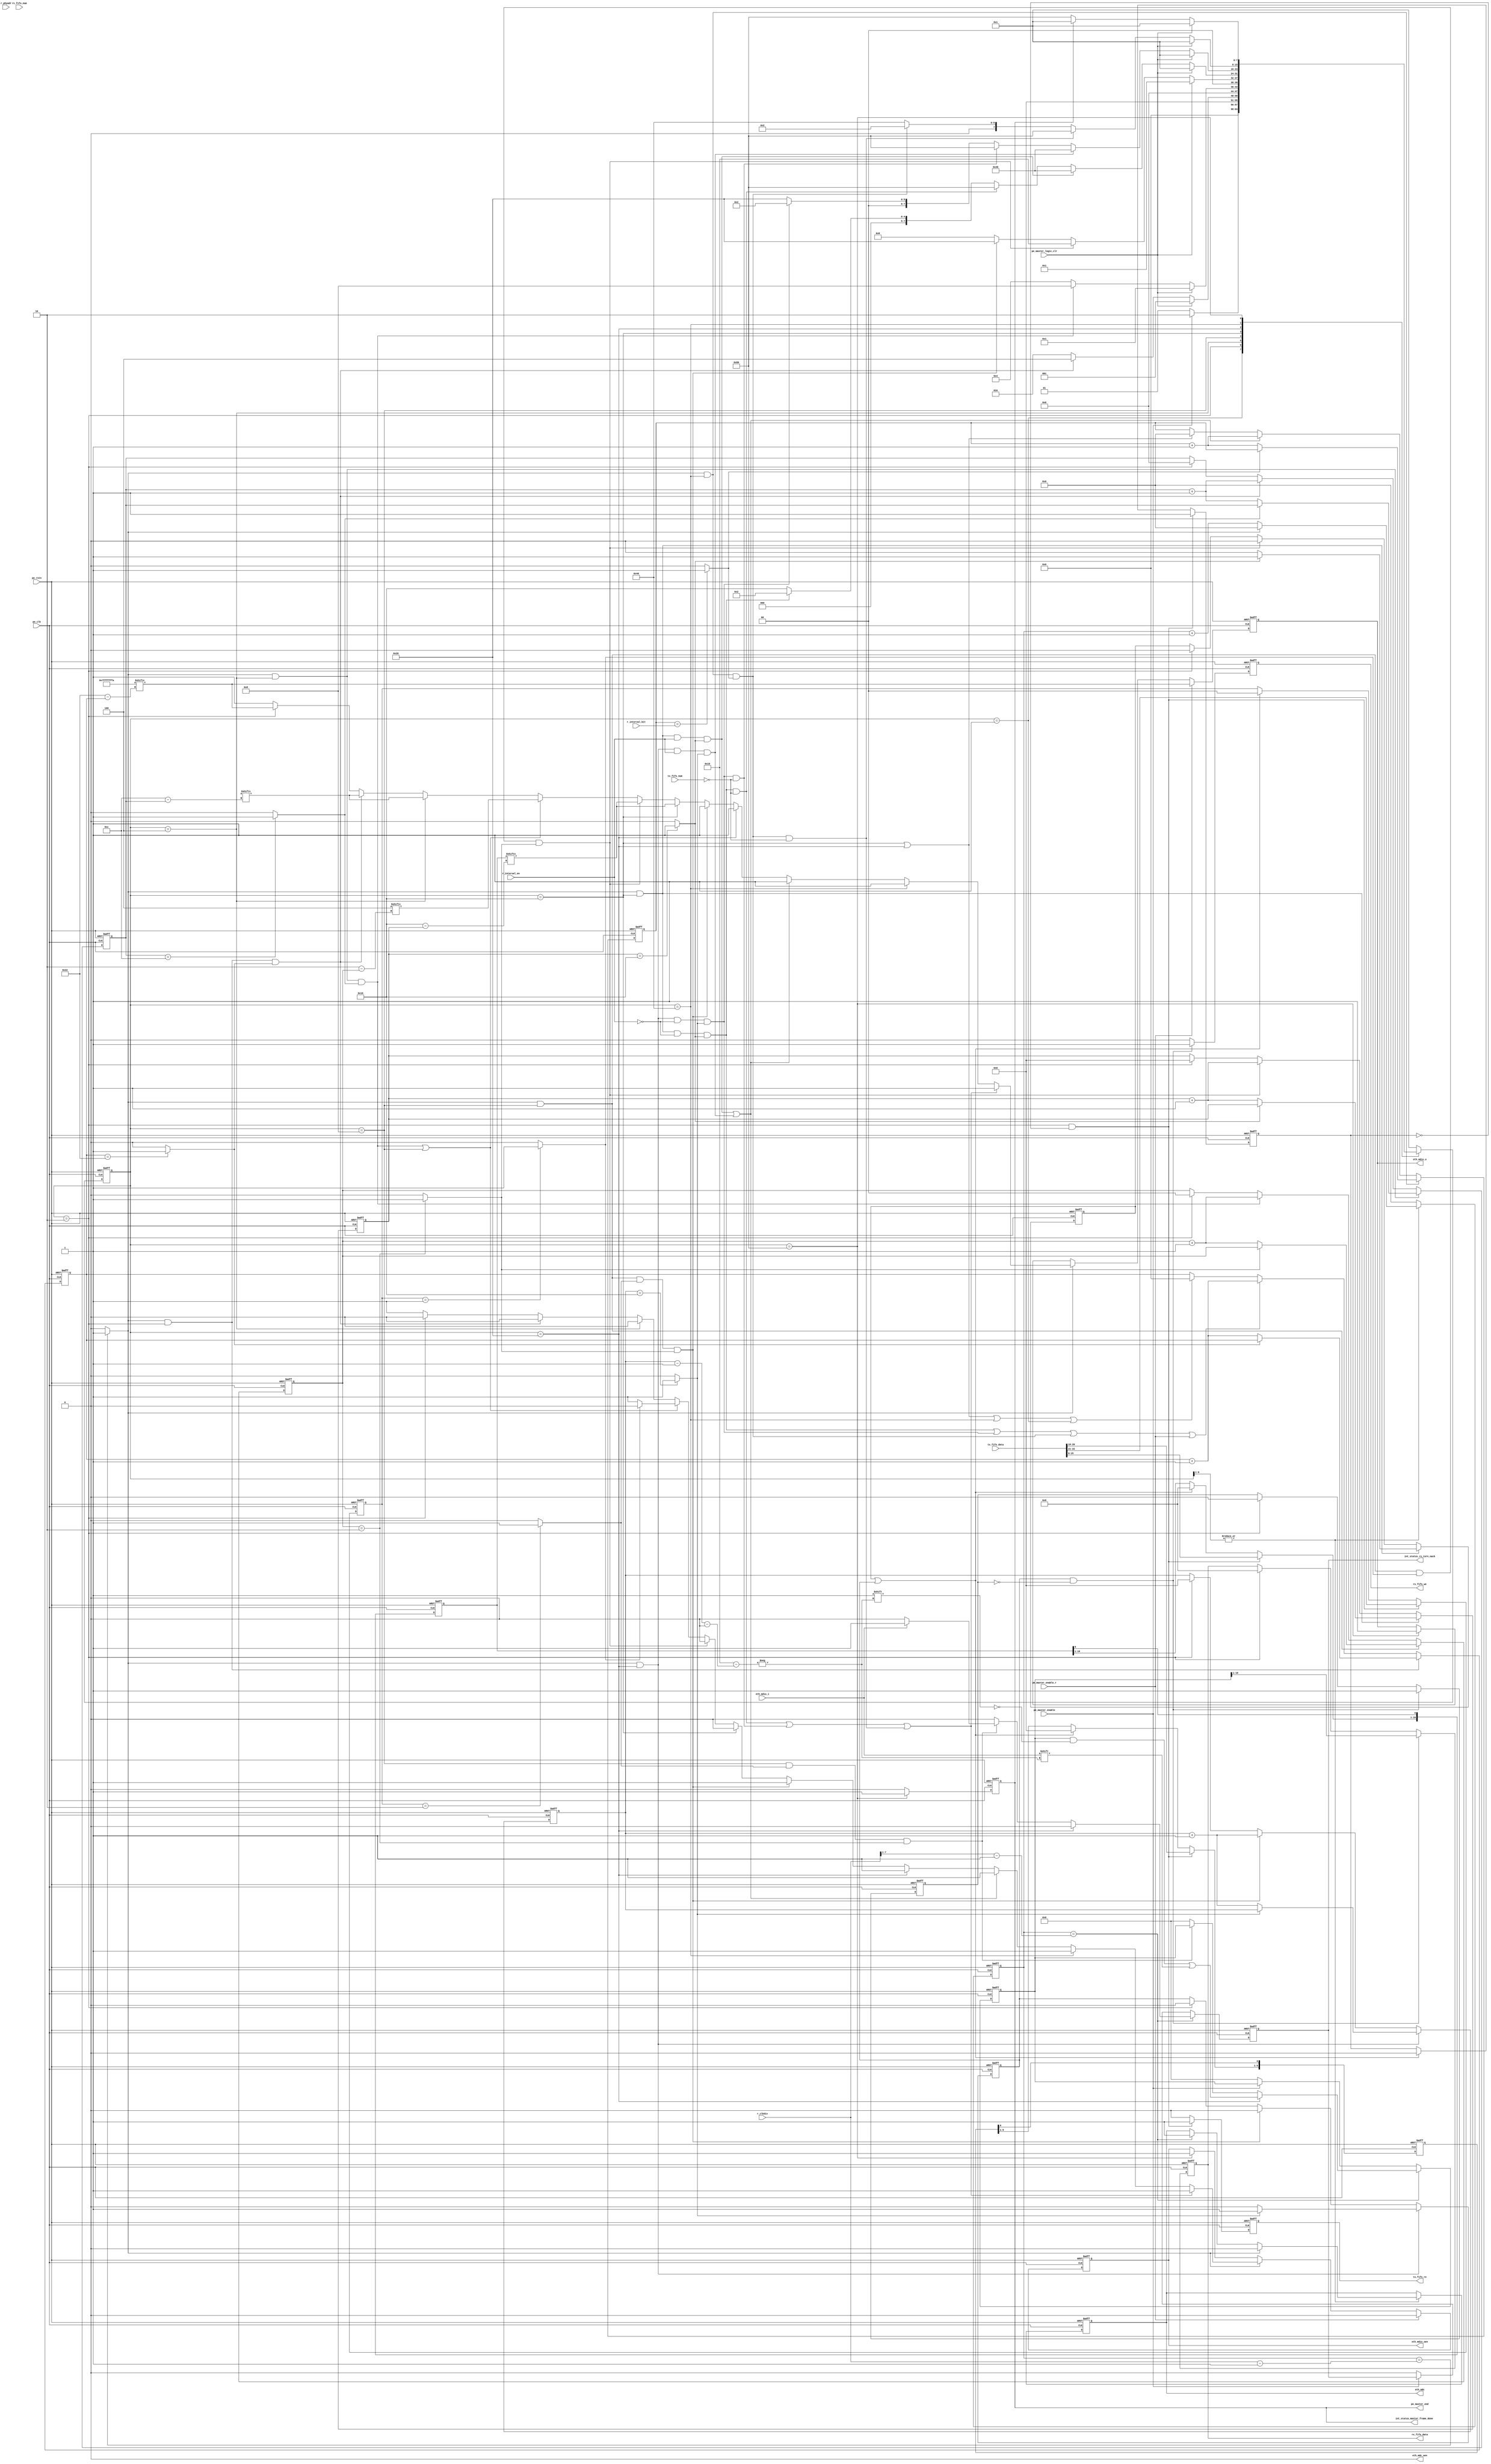
//===============================================
//
//	Group: Fall For Laboratory
//	Version: v1.0
//
// 	This is tx protocol engine for uart.
//
//===============================================

module eth_sma_pe_master
(
	input  						pe_clk,  
	input  						pe_rstn,

	// pin
	output 						eth_mdc,
	output 						eth_mdc_oen,
	output reg					eth_mdio_o,
	input 						eth_mdio_i,
	output reg					eth_mdio_oen,

	// data
	output reg					tx_fifo_re,
	input		[22:0]			tx_fifo_data,
	input		[ 2:0]			tx_fifo_num,
	output reg					rx_fifo_we,
	output reg	[15:0]			rx_fifo_data,
	input		[ 2:0]			rx_fifo_num,

	// control
	input						pe_master_logic_clr,
	input						pe_master_enable,
	input						pe_master_enable_r,
	output						pe_master_end,

	// config
	input		[ 7:0]			r_clkdiv,
	input		[ 4:0]			r_phyadr,
	input 		[ 7:0]			r_interval_bit,
	input 						r_interval_en,

	// interrupt status
	output						int_status_rx_turn_nack,
	output						int_status_master_frame_done 
);

//===============================================
// eth sma master fsm
// three segments fsm
// 1. state transition
// 2. state condition determine
// 3. state output
//===============================================

localparam						MASTER_IDLE = 8'b00000001;
localparam						MASTER_PREAMBLE_AND_START = 8'b00000010;
localparam						MASTER_OP_AND_ADDRESS = 8'b00000100;
localparam						MASTER_TURN = 8'b00001000;
localparam						MASTER_TX_DATA = 8'b00010000;
localparam						MASTER_RX_DATA = 8'b00100000;
localparam						MASTER_INTERVAL = 8'b01000000;
localparam						MASTER_END = 8'b10000000;

reg				[ 7:0]			current_state;
reg				[ 7:0]			next_state;

reg				[ 1:0]			cmd;// from tx fifo
wire							cmd_write;
wire							cmd_read;

wire							master_state_idle;
wire							master_state_preamble_and_start;
wire							master_state_op_and_address;
wire							master_state_turn;
wire							master_state_tx_data;
wire							master_state_rx_data;
wire							master_state_interval;
wire							master_state_end;
wire							master_state_preamble_and_start_to_op_and_address;
wire							master_state_op_and_address_to_turn;
wire							master_state_turn_to_tx_data;
wire							master_state_turn_to_rx_data;
wire							master_state_tx_data_to_preamble_and_start;
wire							master_state_tx_data_to_interval;
wire							master_state_tx_data_to_end;
wire							master_state_rx_data_to_preamble_and_start;
wire							master_state_rx_data_to_interval;
wire							master_state_rx_data_to_end;
wire							master_state_interval_to_preamble_and_start;
wire							master_state_interval_to_end;
wire							master_state_end_to_idle;

// state transition: sequential logic circuit
always @(posedge pe_clk or negedge pe_rstn)
begin
	if(!pe_rstn)
		current_state <= MASTER_IDLE;
	else
		current_state <= next_state;
end

// state condition determine: combinational logic circuit
// MASTER_IDLE:
// -> MASTER_PREAMBLE_AND_START: received master enable
// MASTER_PREAMBLE_AND_START :
// -> MASTER_OP_AND_ADDRESS: start bit ended
// MASTER_OP_AND_ADDRESS:
// -> MASTER_TURN: phy register address ended
// MASTER_TURN: 
// -> MASTER_TX_DATA: tx cmd from tx fifo
// -> MASTER_RX_DATA: rx cmd from tx fifo
// MASTER_TX_DATA:
// -> MASTER_INTERVAL: tx data bit ended and next frame will be tx but should wait
// -> MASTER_START: tx data bit ended and next frame will be tx at once
// -> MASTER_END:  tx data bit ended and no frame are needed to tx
// MASTER_RX_DATA:
// -> MASTER_INTERVAL: rx data bit ended and next frame will be tx but should wait
// -> MASTER_START: rx data bit ended and next frame will be tx at once
// -> MASTER_END:  rx data bit ended and no frame are needed to tx
// MASTER_INTERVAL: 
// -> MASTER_START: interval bits ended and next frame will be tx at once
// -> MASTER_END: interval bits ended and no frame are needed to tx
// MASTER_END: 
// -> MASTER_IDLE: prepare for deinit (reserved)
// All state should transition to MASTER_IDLE when:
// 1. received logic clear
// 2. protocol error occured (reserved)
always @(*)
begin
	case (current_state)
	MASTER_IDLE:
		if(pe_master_enable)
			next_state = MASTER_PREAMBLE_AND_START;
		else
			next_state = MASTER_IDLE;
	MASTER_PREAMBLE_AND_START:
		if(pe_master_logic_clr)
			next_state = MASTER_IDLE;
		else if(master_state_preamble_and_start_to_op_and_address)
			next_state = MASTER_OP_AND_ADDRESS;
		else
			next_state = MASTER_PREAMBLE_AND_START;
	MASTER_OP_AND_ADDRESS:
		if(pe_master_logic_clr)
			next_state = MASTER_IDLE;
		else if(master_state_op_and_address_to_turn)
			next_state = MASTER_TURN;
		else
			next_state = MASTER_OP_AND_ADDRESS;
	MASTER_TURN:
		if(pe_master_logic_clr)
			next_state = MASTER_IDLE;
		else if(master_state_turn_to_tx_data)
			next_state = MASTER_TX_DATA ;
		else if(master_state_turn_to_rx_data)
			next_state = MASTER_RX_DATA ;
		else
			next_state = MASTER_TURN;
	MASTER_TX_DATA:
		if(pe_master_logic_clr)
			next_state = MASTER_IDLE;
		else if(master_state_tx_data_to_interval)
			next_state = MASTER_INTERVAL;
		else if(master_state_tx_data_to_end)
			next_state = MASTER_END;
		else if(master_state_tx_data_to_preamble_and_start)
			next_state = MASTER_PREAMBLE_AND_START;
		else
			next_state = MASTER_TX_DATA;
	MASTER_RX_DATA:
		if(pe_master_logic_clr)
			next_state = MASTER_IDLE;
		else if(master_state_rx_data_to_interval)
			next_state = MASTER_INTERVAL;
		else if(master_state_rx_data_to_end)
			next_state = MASTER_END;
		else if(master_state_rx_data_to_preamble_and_start)
			next_state = MASTER_PREAMBLE_AND_START;
		else
			next_state = MASTER_RX_DATA;
	MASTER_INTERVAL:
		if(pe_master_logic_clr)
			next_state = MASTER_IDLE;
		else if(master_state_interval_to_end)
			next_state = MASTER_END;
		else if(master_state_interval_to_preamble_and_start)
			next_state = MASTER_PREAMBLE_AND_START;
		else
			next_state = MASTER_INTERVAL;
	MASTER_END:
		if(pe_master_logic_clr)
			next_state = MASTER_IDLE;
		else if(master_state_end_to_idle)
			next_state = MASTER_IDLE;
		else
			next_state = MASTER_END;
	default:
		next_state = MASTER_IDLE;
	endcase
end

// state output: combinational logic circuit
assign master_state_idle = current_state == MASTER_IDLE;
assign master_state_preamble_and_start = current_state == MASTER_PREAMBLE_AND_START;
assign master_state_op_and_address = current_state == MASTER_OP_AND_ADDRESS;
assign master_state_turn = current_state == MASTER_TURN;
assign master_state_tx_data = current_state == MASTER_TX_DATA;
assign master_state_rx_data = current_state == MASTER_RX_DATA;
assign master_state_interval = current_state == MASTER_INTERVAL;
assign master_state_end = current_state == MASTER_END;

//===============================================
// sma frame bit timing base
// operating when sma fsm running
// for example:
// unit: clk
// 0           1           2           3          bit flag
// 1  0  0  0  1  0  0  0  1  0  0  0  1  0  0  0 clkdiv start
// 0  0  0  1  0  0  0  1  0  0  0  1  0  0  0  1 clkdiv end
// 1  0  0  0  1  0  0  0  1  0  0  0  1  0  0  0 bit start
// 0  0  0  1  0  0  0  1  0  0  0  1  0  0  0  1 bit end
// 0  0  1  1  0  0  1  1  0  0  1  1  0  0  1  1 clock gen
//===============================================

reg				[ 7:0]			clkdiv_cnt;// the smallest unit of timing base
wire							timing_base_enable;
wire							clkdiv_flag_start;// indicate a bit start
wire							clkdiv_flag_end;// indicate a bit end
wire							bit_start;// indicate a data bit start when the first clkdiv unit is meeting first oversampling unit
										// only sustaining 1 clk
wire							bit_end;// indicate a data bit end when the last clkdiv unit is meeting last oversampling unit
										// only sustaining 1 clk
reg								clk_gen;// 50% duty cycle clock
										// clock low: shift data
										// clock high: sample data
wire							bit_value_sample_point;// indicate bit value sampling time point
assign timing_base_enable = |current_state[6:1];
assign clkdiv_flag_start = (clkdiv_cnt == 1'b0) ? 1'b1 : 1'b0;
assign clkdiv_flag_end = (clkdiv_cnt == (r_clkdiv - 1'b1)) ? 1'b1 : 1'b0;
assign bit_start = clkdiv_flag_start; // only sustaining 1 clock
assign bit_end = clkdiv_flag_end; // only sustaining 1 clock
assign bit_value_sample_point = clkdiv_cnt == (r_clkdiv[7:1] - 1'b1);

// div cnt for clkdiv
always @(posedge pe_clk or negedge pe_rstn)
begin
	if(!pe_rstn)
	begin
		clkdiv_cnt <= 8'h0;
	end
	else if(timing_base_enable == 1'b1)
	begin
		if(clkdiv_flag_end == 1'b1)
		begin
			clkdiv_cnt <= 8'h0;
		end
		else
		begin
			clkdiv_cnt <= clkdiv_cnt + 1'b1;
		end
	end
	else
	begin
		clkdiv_cnt <= 8'h0;
	end
end

// clock generation
always @(posedge pe_clk or negedge pe_rstn)
begin
	if(!pe_rstn)
	begin
		clk_gen <= 1'b0;
	end
	else if(timing_base_enable)
	begin
		if(clkdiv_flag_end)
		begin
			clk_gen <= 1'b0;
		end
		else if(bit_value_sample_point)
		begin
			clk_gen <= 1'b1;
		end
	end
	else
	begin
		clk_gen <= clk_gen;
	end
end		

//===============================================
// eth sma master state: MASTER_PREAMBLE_AND_START 
//===============================================

reg				[ 5:0]			preamble_and_start_bit_cnt;
reg								preamble_and_start_bit_end;// last data bit
wire							preamble_and_start_bit_cnt_end;
assign preamble_and_start_bit_cnt_end = (preamble_and_start_bit_cnt == 6'd34) ? 1'b1 : 1'b0;
assign master_state_preamble_and_start_to_op_and_address = bit_end && master_state_preamble_and_start && preamble_and_start_bit_cnt_end;

always @(posedge pe_clk or negedge pe_rstn)
begin
	if(!pe_rstn)
	begin
		preamble_and_start_bit_cnt <= 6'd0;
		preamble_and_start_bit_end <= 1'b0;
	end
	else if(master_state_preamble_and_start && bit_end) // other preamble and start bit
	begin
		if(preamble_and_start_bit_cnt_end) // start bit end
		begin
			preamble_and_start_bit_end <= 1'b1;
			preamble_and_start_bit_cnt <= preamble_and_start_bit_cnt;
		end
		else
		begin
			preamble_and_start_bit_end <= 1'b0;
			preamble_and_start_bit_cnt <= preamble_and_start_bit_cnt + 1'b1;
		end
	end
	else if(master_state_tx_data_to_preamble_and_start || master_state_rx_data_to_preamble_and_start || master_state_interval_to_preamble_and_start || pe_master_enable_r) // (timing clk issue) first preamble bit
	begin
		preamble_and_start_bit_end <= 1'b0;
		preamble_and_start_bit_cnt <= preamble_and_start_bit_cnt + 1'b1;
	end
	else if(master_state_tx_data || master_state_rx_data || master_state_interval || master_state_idle) // clear preamble and start cnt when is in last state
	begin
		preamble_and_start_bit_cnt <= 6'd0;
		preamble_and_start_bit_end <= 1'b0;
	end
	else
	begin
		preamble_and_start_bit_end <= preamble_and_start_bit_end;
		preamble_and_start_bit_cnt <= preamble_and_start_bit_cnt;
	end
end

//===============================================
// eth sma master state: MASTER_OP_AND_ADDRESS
//===============================================

reg				[ 3:0]			op_and_address_bit_cnt;
reg								op_and_address_bit_end;// last op bit
wire							op_and_address_bit_cnt_end;
assign op_and_address_bit_cnt_end = (op_and_address_bit_cnt == 4'd12 ) ? 1'b1 : 1'b0;
assign master_state_op_and_address_to_turn = bit_end && master_state_op_and_address && op_and_address_bit_cnt_end;

always @(posedge pe_clk or negedge pe_rstn)
begin
	if(!pe_rstn)
	begin
		op_and_address_bit_cnt <= 4'd0;
		op_and_address_bit_end <= 1'b0;
	end
	else if(master_state_op_and_address && bit_end) // other op bit
	begin
		if(op_and_address_bit_cnt_end) // op bit end
		begin
			op_and_address_bit_end <= 1'b1;
			op_and_address_bit_cnt <= op_and_address_bit_cnt;
		end
		else
		begin
			op_and_address_bit_end <= 1'b0;
			op_and_address_bit_cnt <= op_and_address_bit_cnt + 1'b1;
		end
	end
	else if(master_state_preamble_and_start_to_op_and_address) // (timing clk issue) first op bit
	begin
		op_and_address_bit_end <= 1'b0;
		op_and_address_bit_cnt <= op_and_address_bit_cnt + 1'b1;
	end
	else if(master_state_preamble_and_start) // clear op cnt when is in last state
	begin
		op_and_address_bit_cnt <= 4'd0;
		op_and_address_bit_end <= 1'b0;
	end
	else
	begin
		op_and_address_bit_end <= op_and_address_bit_end;
		op_and_address_bit_cnt <= op_and_address_bit_cnt;
	end
end

//===============================================
// eth sma master state: MASTER_TURN 
//===============================================

reg				[ 1:0]			turn_bit_cnt;
reg								turn_bit_end;// last turn bit
wire							turn_bit_cnt_end;
assign turn_bit_cnt_end = (turn_bit_cnt == 2'd2) ? 1'b1 : 1'b0; 
assign master_state_turn_to_tx_data = bit_end && master_state_turn && cmd_write && turn_bit_cnt_end;
assign master_state_turn_to_rx_data = bit_end && master_state_turn && cmd_read && turn_bit_cnt_end;

always @(posedge pe_clk or negedge pe_rstn)
begin
	if(!pe_rstn)
	begin
		turn_bit_cnt <= 2'd0;
		turn_bit_end <= 1'b0;
	end
	else if(master_state_turn && bit_end) // other turn bit
	begin
		if(turn_bit_cnt_end) // turn bit end
		begin
			turn_bit_end <= 1'b1;
			turn_bit_cnt <= turn_bit_cnt;
		end
		else
		begin
			turn_bit_end <= 1'b0;
			turn_bit_cnt <= turn_bit_cnt + 1'b1;
		end
	end
	else if(master_state_op_and_address_to_turn) // (timing clk issue) first turn bit
	begin
		turn_bit_cnt <= turn_bit_cnt + 1'b1;
		turn_bit_end <= 1'b0;
	end
	else if(master_state_preamble_and_start) // clear turn cnt when is in last state
	begin
		turn_bit_cnt <= 2'd0;
		turn_bit_end <= 1'b0;
	end
	else
	begin
		turn_bit_cnt <= turn_bit_cnt;
		turn_bit_end <= turn_bit_end;
	end
end

//===============================================
// eth sma master state: MASTER_TX_DATA
//===============================================

reg				[ 4:0]			tx_data_bit_cnt;
reg								tx_data_bit_end;// last tx data bit
wire							tx_data_bit_cnt_end;
assign tx_data_bit_cnt_end = (tx_data_bit_cnt == 5'd16) ? 1'b1 : 1'b0;
assign master_state_tx_data_to_preamble_and_start = bit_end && master_state_tx_data && !r_interval_en && tx_data_bit_cnt_end;
assign master_state_tx_data_to_interval = bit_end && master_state_tx_data && r_interval_en && tx_data_bit_cnt_end;
assign master_state_tx_data_to_end = master_state_tx_data_to_preamble_and_start && (tx_fifo_num == 3'h0);// no more cmd in tx fifo

always @(posedge pe_clk or negedge pe_rstn)
begin
	if(!pe_rstn)
	begin
		tx_data_bit_cnt <= 5'd0;
		tx_data_bit_end <= 1'b0;
	end
	else if(master_state_tx_data && bit_end) // other tx data bit
	begin
		if(tx_data_bit_cnt_end) // tx data bit end
		begin
			tx_data_bit_end <= 1'b1;
			tx_data_bit_cnt <= tx_data_bit_cnt;
		end
		else
		begin
			tx_data_bit_end <= 1'b0;
			tx_data_bit_cnt <= tx_data_bit_cnt + 1'b1;
		end
	end
	else if(master_state_turn_to_tx_data) // (timing clk issue) first tx data bit
	begin
		tx_data_bit_cnt <= tx_data_bit_cnt + 1'b1;
		tx_data_bit_end <= 1'b0;
	end
	else if(master_state_preamble_and_start) // clear tx data cnt when is in last state
	begin
		tx_data_bit_cnt <= 5'd0;
		tx_data_bit_end <= 1'b0;
	end
	else
	begin
		tx_data_bit_cnt <= tx_data_bit_cnt;
		tx_data_bit_end <= tx_data_bit_end;
	end
end

//===============================================
// eth sma master state: MASTER_RX_DATA
//===============================================

reg				[ 4:0]			rx_data_bit_cnt;
reg								rx_data_bit_end;// last rx data bit
wire							rx_data_bit_cnt_end;
assign rx_data_bit_cnt_end = (rx_data_bit_cnt == 5'd16) ? 1'b1 : 1'b0;
assign master_state_rx_data_to_preamble_and_start = bit_end && master_state_rx_data && !r_interval_en && rx_data_bit_cnt_end;
assign master_state_rx_data_to_interval = bit_end && master_state_rx_data && r_interval_en && rx_data_bit_cnt_end;
assign master_state_rx_data_to_end = master_state_rx_data_to_preamble_and_start && (tx_fifo_num == 3'h0);// no more cmd in tx fifo

always @(posedge pe_clk or negedge pe_rstn)
begin
	if(!pe_rstn)
	begin
		rx_data_bit_cnt <= 5'd0;
		rx_data_bit_end <= 1'b0;
	end
	else if(master_state_rx_data && bit_end) // other rx data bit
	begin
		if(rx_data_bit_cnt_end) // rx data bit end
		begin
			rx_data_bit_end <= 1'b1;
			rx_data_bit_cnt <= rx_data_bit_cnt;
		end
		else
		begin
			rx_data_bit_end <= 1'b0;
			rx_data_bit_cnt <= rx_data_bit_cnt + 1'b1;
		end
	end
	else if(master_state_turn_to_rx_data) // (timing clk issue) first rx data bit
	begin
		rx_data_bit_cnt <= rx_data_bit_cnt + 1'b1;
		rx_data_bit_end <= 1'b0;
	end
	else if(master_state_preamble_and_start) // clear rx data cnt when is in last state
	begin
		rx_data_bit_cnt <= 5'd0;
		rx_data_bit_end <= 1'b0;
	end
	else
	begin
		rx_data_bit_cnt <= rx_data_bit_cnt;
		rx_data_bit_end <= rx_data_bit_end;
	end
end

//===============================================
// eth sma master state: MASTER_INTERVAL
//===============================================

reg				[ 7:0]			interval_bit_cnt;
reg								interval_bit_end;// last interval bit
wire							interval_bit_cnt_end;
assign interval_bit_cnt_end = (interval_bit_cnt == r_interval_bit) ? 1'b1 : 1'b0;
assign master_state_interval_to_preamble_and_start = bit_end && master_state_interval && interval_bit_cnt_end;// need not add fifo condition 
assign master_state_interval_to_end = bit_end && master_state_interval && interval_bit_cnt_end && (tx_fifo_num == 5'h0);// tx fifo empty

always @(posedge pe_clk or negedge pe_rstn)
begin
	if(!pe_rstn)
	begin
		interval_bit_cnt <= 8'd0;
		interval_bit_end <= 1'b0;
	end
	else if(master_state_interval && bit_end) // other interval bit
	begin
		if(interval_bit_cnt_end) // interval bit end
		begin
			interval_bit_end <= 1'b1;
			interval_bit_cnt <= interval_bit_cnt;
		end
		else
		begin
			interval_bit_end <= 1'b0;
			interval_bit_cnt <= interval_bit_cnt + 1'b1;
		end
	end
	else if(master_state_tx_data_to_interval || master_state_rx_data_to_interval) // (timing clk issue) first interval bit (this must be before above)
	begin
		interval_bit_cnt <= interval_bit_cnt + 1'b1;
		interval_bit_end <= 1'b0;
	end
	else if(master_state_tx_data || master_state_rx_data) // clear interval cnt when is in last state
	begin
		interval_bit_cnt <= 8'd0;
		interval_bit_end <= 1'b0;
	end
	else
	begin
		interval_bit_cnt <= interval_bit_cnt;
		interval_bit_end <= interval_bit_end;
	end
end

//===============================================
// eth sma master state: MASTER_END
// this state is used to handle some unfinish issue
//===============================================

reg								master_end;
assign master_state_end_to_idle = master_end;
assign pe_master_end = master_end;

always @(posedge pe_clk or negedge pe_rstn)
begin
	if(!pe_rstn)
		master_end <= 1'b0;
	else if(master_state_end)
		master_end <= 1'b1;
	else
		master_end <= 1'b0;
end

//===============================================
// eth sma tx cmd and data prepare
// cmd and data are both from tx fifo
// [22:21] cmd
// When cmd = 2'b01, tx data.
// [20:16] reg address
// [15:0] tx data
// When cmd = 2'b10, rx data.
// [19:16] reg address
// [15:0] reseverd
//===============================================

// last bit is used to park ptr
wire			[0:34]			frame_tx_preamble_and_start;
wire			[0: 2]			frame_tx_op;
wire			[0: 5]			frame_tx_phyad;
reg				[0: 5]			frame_tx_regad;
wire			[0:12]			frame_tx_op_and_address;
reg				[0:16]			frame_tx_data;
reg								frame_rx_ack;
reg								frame_rx_nack;
reg				[0:16]			frame_rx_data;
wire			[0: 2]			frame_tx_turn;
reg								tx_loaded;
reg								rx_loaded;

assign frame_tx_preamble_and_start[0:31] = 32'hffff_ffff;// preabmle bits
assign frame_tx_preamble_and_start[32:33] = 2'b01;// start bits
assign frame_tx_preamble_and_start[34] = 1'b0;// park bit for pointer
assign frame_tx_op[0:1] = cmd;// cmd 
assign frame_tx_op[2] = 1'b0;// park bit for pointer 
assign frame_tx_phyad[0:4] = r_phyadr;// phy address
assign frame_tx_phyad[5] = 1'b0;// park bit for pointer
assign frame_tx_op_and_address[0:11] = {frame_tx_op[0:1], frame_tx_phyad[0:4], frame_tx_regad[0:4]};
// turn bit
// spyglass lint check: z should not used here
// z should used in the port control section
// just change direction by oen here instead
assign frame_tx_turn[0:1] = 2'b10;
assign frame_tx_turn[2] = 1'b0;// park bit for pointer

assign cmd_write = (cmd == 2'b01) ? 1'b1 : 1'b0;
assign cmd_read = (cmd == 2'b10) ? 1'b1 : 1'b0;

// load data from frame tx fifo
// including cmd, reg address and frame tx data
always @(posedge pe_clk or negedge pe_rstn)
begin
	if(!pe_rstn)
	begin
		tx_fifo_re <= 1'b0;
		frame_tx_data <= 17'h0;
		frame_tx_regad <= 6'h0;
		cmd <= 2'h0;
		tx_loaded <= 1'b0;
	end
	else if(master_state_preamble_and_start && (tx_loaded == 1'b0))
	begin
		tx_fifo_re <= 1'b1;
		frame_tx_data[0:15] <= tx_fifo_data[15:0];
		frame_tx_regad[0:4] <= tx_fifo_data[20:16];
		cmd <= tx_fifo_data[22:21];
		tx_loaded <= 1'b1;// in case of tx state last more than 1 clk unexpected and then read data more from tx fifo
	end
//	else if((master_state_tx_data && tx_data_bit_end) || (master_state_rx_data && rx_data_bit_end))// when tx data or rx data end, clear 
	else if(tx_data_bit_end || rx_data_bit_end)// when tx data or rx data end, clear 
	begin
		tx_fifo_re <= 1'b0;
		frame_tx_data[0:15] <= 11'h0;
		frame_tx_regad[0:4] <= 5'h0;
		cmd <= 2'h0;
		tx_loaded <= 1'b0;
	end
	else
	begin
		tx_fifo_re <= 1'b0;
		frame_tx_data <= frame_tx_data;
		frame_tx_regad <= frame_tx_regad;
		cmd <= cmd;
		tx_loaded <= tx_loaded;
	end
end

// push data into frame rx fifo
// including cmd, reg address and frame_tx data
always @(posedge pe_clk or negedge pe_rstn)
begin
	if(!pe_rstn)
	begin
		rx_fifo_we <= 1'b0;
		rx_fifo_data <= 16'h0;
		rx_loaded <= 1'b0;
	end
	else if(rx_data_bit_end && (rx_loaded == 1'b0))// when tx data or rx data end, clear 
	begin
		rx_fifo_we <= 1'b1;
		rx_fifo_data <= frame_rx_data[0:15];
		rx_loaded <= 1'b1;
	end
	else if(master_state_preamble_and_start)
	begin
		rx_fifo_we <= 1'b0;
		rx_fifo_data <= 16'h0;
		rx_loaded <= 1'b0;
	end
	else
	begin
		rx_fifo_we <= 1'b0;
		rx_fifo_data <= rx_fifo_data;
		rx_loaded <= rx_loaded;
	end
end

//always @(posedge pe_clk or negedge pe_rstn)
//begin
//	if(!pe_rstn)
//	begin
//		frame_tx_turn <= 3'b0;
//	end
//	else if(master_state_op_and_address)
//	begin
//		frame_tx_turn[2] <= 1'b0;// park bit for pointer
//		if(cmd == 2'b10)
//		begin
//			frame_tx_turn[0:1] <= 2'b10;// actually is z0, however z is not allowed here
//		end
//		else
//		begin
//			frame_tx_turn[0:1] <= 2'b10;
//		end
//	end
//	else
//	begin
//		frame_tx_turn <= frame_tx_turn;
//	end
//end

//===============================================
// pin control
// default state:
// mdio z
// mdio tx rx disable
// mdc tx enable
// mdc tx low
//===============================================

assign eth_mdc = clk_gen;
assign eth_mdc_oen = 1'b0;

always @(posedge pe_clk or negedge pe_rstn)
begin
	if(!pe_rstn)
	begin
		eth_mdio_o <= 1'b1;
		eth_mdio_oen <= 1'b1;
	end
	// current state inside: MASTER_PREAMBLE_AND_START
	else if(pe_master_enable_r)
	begin
		eth_mdio_o <= frame_tx_preamble_and_start[preamble_and_start_bit_cnt];
		eth_mdio_oen <= 1'b0;
	end
	// current state inside: MASTER_OP PHYAD REGAD TURN TXDATA RXDATA INTERVAL
	else if(bit_end == 1'b1)
	begin
		// the order is critical, cannot be changed randomly
		if(master_state_tx_data_to_end || master_state_rx_data_to_end || master_state_interval_to_end)
		begin
			eth_mdio_o <= 1'b1;
			eth_mdio_oen <= 1'b1;// mdc stop in data or interval bits end
		end
		else if(master_state_interval)
		begin
			eth_mdio_o <= 1'b1;
			eth_mdio_oen <= 1'b1;// mdc stop in interval bits
		end
		else if(master_state_tx_data_to_interval || master_state_rx_data_to_interval)
		begin
			eth_mdio_o <= 1'b1;
			eth_mdio_oen <= 1'b1;// mdc stop in interval bits
		end
		else if(master_state_rx_data)
		begin
			eth_mdio_o <= 1'b1;
			eth_mdio_oen <= 1'b1;
		end
		else if(master_state_turn_to_rx_data)
		begin
			eth_mdio_o <= 1'b1;
			eth_mdio_oen <= 1'b1;
		end
		else if(master_state_tx_data)
		begin
			eth_mdio_o <= frame_tx_data[tx_data_bit_cnt];
			eth_mdio_oen <= 1'b0;
		end
		else if(master_state_turn_to_tx_data)
		begin
			eth_mdio_o <= frame_tx_data[tx_data_bit_cnt];
			eth_mdio_oen <= 1'b0;
		end
		else if(master_state_op_and_address_to_turn || master_state_turn)
		begin
			eth_mdio_o <= frame_tx_turn[turn_bit_cnt];
			// turn bit 2 is ack bit when read
			// matching output z and input
			if(cmd_write == 1'b1)
			begin
				eth_mdio_oen <= 1'b0;// write
			end
			else
			begin
				eth_mdio_oen <= 1'b1;// read
			end
		end
		else if(master_state_op_and_address)
		begin
			eth_mdio_o <= frame_tx_op_and_address[op_and_address_bit_cnt];
			eth_mdio_oen <= 1'b0;
		end
		else if(master_state_preamble_and_start_to_op_and_address)
		begin
			eth_mdio_o <= frame_tx_op_and_address[op_and_address_bit_cnt];
			eth_mdio_oen <= 1'b0;
		end
		else if(master_state_preamble_and_start)
		begin
			eth_mdio_o <= frame_tx_preamble_and_start[preamble_and_start_bit_cnt];
			eth_mdio_oen <= 1'b0;
		end
		else
		begin
			// in case of unexpected occurs accidently
			eth_mdio_o <= 1'b1;
			eth_mdio_oen <= 1'b1;
		end
	end
	// current state inside: END
	else if(master_state_end)
	begin
		eth_mdio_o <= 1'b1;
		eth_mdio_oen <= 1'b1;
	end
	else
	begin
		eth_mdio_o <= eth_mdio_o;
		eth_mdio_oen <= eth_mdio_oen;
	end
end

always @(posedge pe_clk or negedge pe_rstn)
begin
	if(!pe_rstn)
	begin
		frame_rx_ack <= 1'b0;
		frame_rx_nack <= 1'b0;
		frame_rx_data <= 17'h0;
	end
	// the order is critical, cannot be changed randomly
	else if(bit_value_sample_point == 1'b1)
	begin
		// current state inside: MASTER_RX_DATA
		if(master_state_rx_data)
		begin
			frame_rx_data[(rx_data_bit_cnt - 1'b1)] <= eth_mdio_i;// bit cnt is start at 1
			frame_rx_ack <= 1'b0;
			frame_rx_nack <= 1'b0;
		end
		else if(master_state_turn && (cmd_read == 1'b1) && (turn_bit_cnt == 2'h2))// turn bit 2: ack bit
		begin
			if(eth_mdio_i == 1'b1)
			begin
				frame_rx_ack <= 1'b0;
				frame_rx_nack <= 1'b1;
			end
			else
			begin
				frame_rx_ack <= 1'b1;
				frame_rx_nack <= 1'b0;
			end
		end
		else
		begin
			// in case of unexpected occurs accidently
			frame_rx_data <= 17'h0;
			frame_rx_ack <= 1'b0;
			frame_rx_nack <= 1'b0;
		end
	end
	// master enable but no data detect
	else if(pe_master_enable)
	begin
		frame_rx_ack <= frame_rx_ack;
		frame_rx_nack <= frame_rx_nack;
		frame_rx_data <= frame_rx_data;
	end
	// master disable
	else
	begin
		frame_rx_ack <= 1'b0;
		frame_rx_nack <= 1'b0;
		frame_rx_data <= 17'h0;
	end
end

//===============================================
// interrupt status detect
//===============================================

assign int_status_rx_turn_nack = frame_rx_nack;
assign int_status_master_frame_done = master_state_end_to_idle; 

endmodule